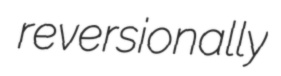
reversionally